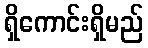
ရှိကောင်းရှိမည်